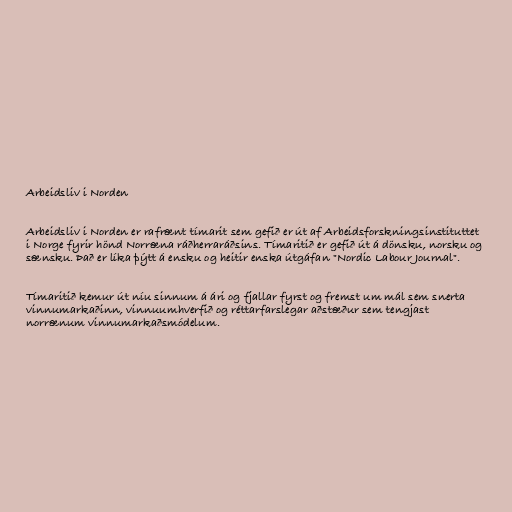
Arbeidsliv i Norden

Arbeidsliv i Norden er rafrænt tímarit sem gefið er út af Arbeidsforskningsinstituttet
i Norge fyrir hönd Norræna ráðherraráðsins. Tímaritið er gefið út á dönsku, norsku og
sænsku. Það er líka þýtt á ensku og heitir enska útgáfan "Nordic Labour Journal".

Tímaritið kemur út níu sinnum á ári og fjallar fyrst og fremst um mál sem snerta
vinnumarkaðinn, vinnuumhverfið og réttarfarslegar aðstæður sem tengjast
norrænum vinnumarkaðsmódelum.